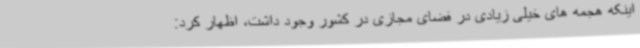
اینکه هجمه های خیلی زیادی در فضای مجازی در کشور وجود داشت، اظهار کرد: